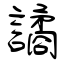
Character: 譎